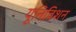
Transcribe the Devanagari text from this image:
यूनिविशन